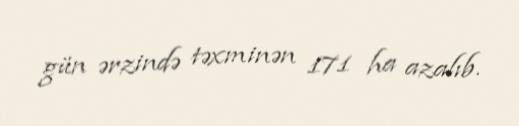
gün ərzində təxminən 171 ha azalıb.